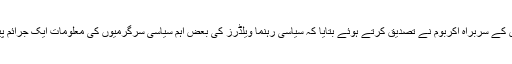
اس مناسبت سے ہالینڈ کی پولیس کے سربراہ اکربُوم نے تصدیق کرتے ہوئے بتایا کہ سیاسی رہنما ویلڈرز کی بعض اہم سیاسی سرگرمیوں کی معلومات ایک جرائم پیشہ گروپ کو دستیاب ہوئی ہیں۔